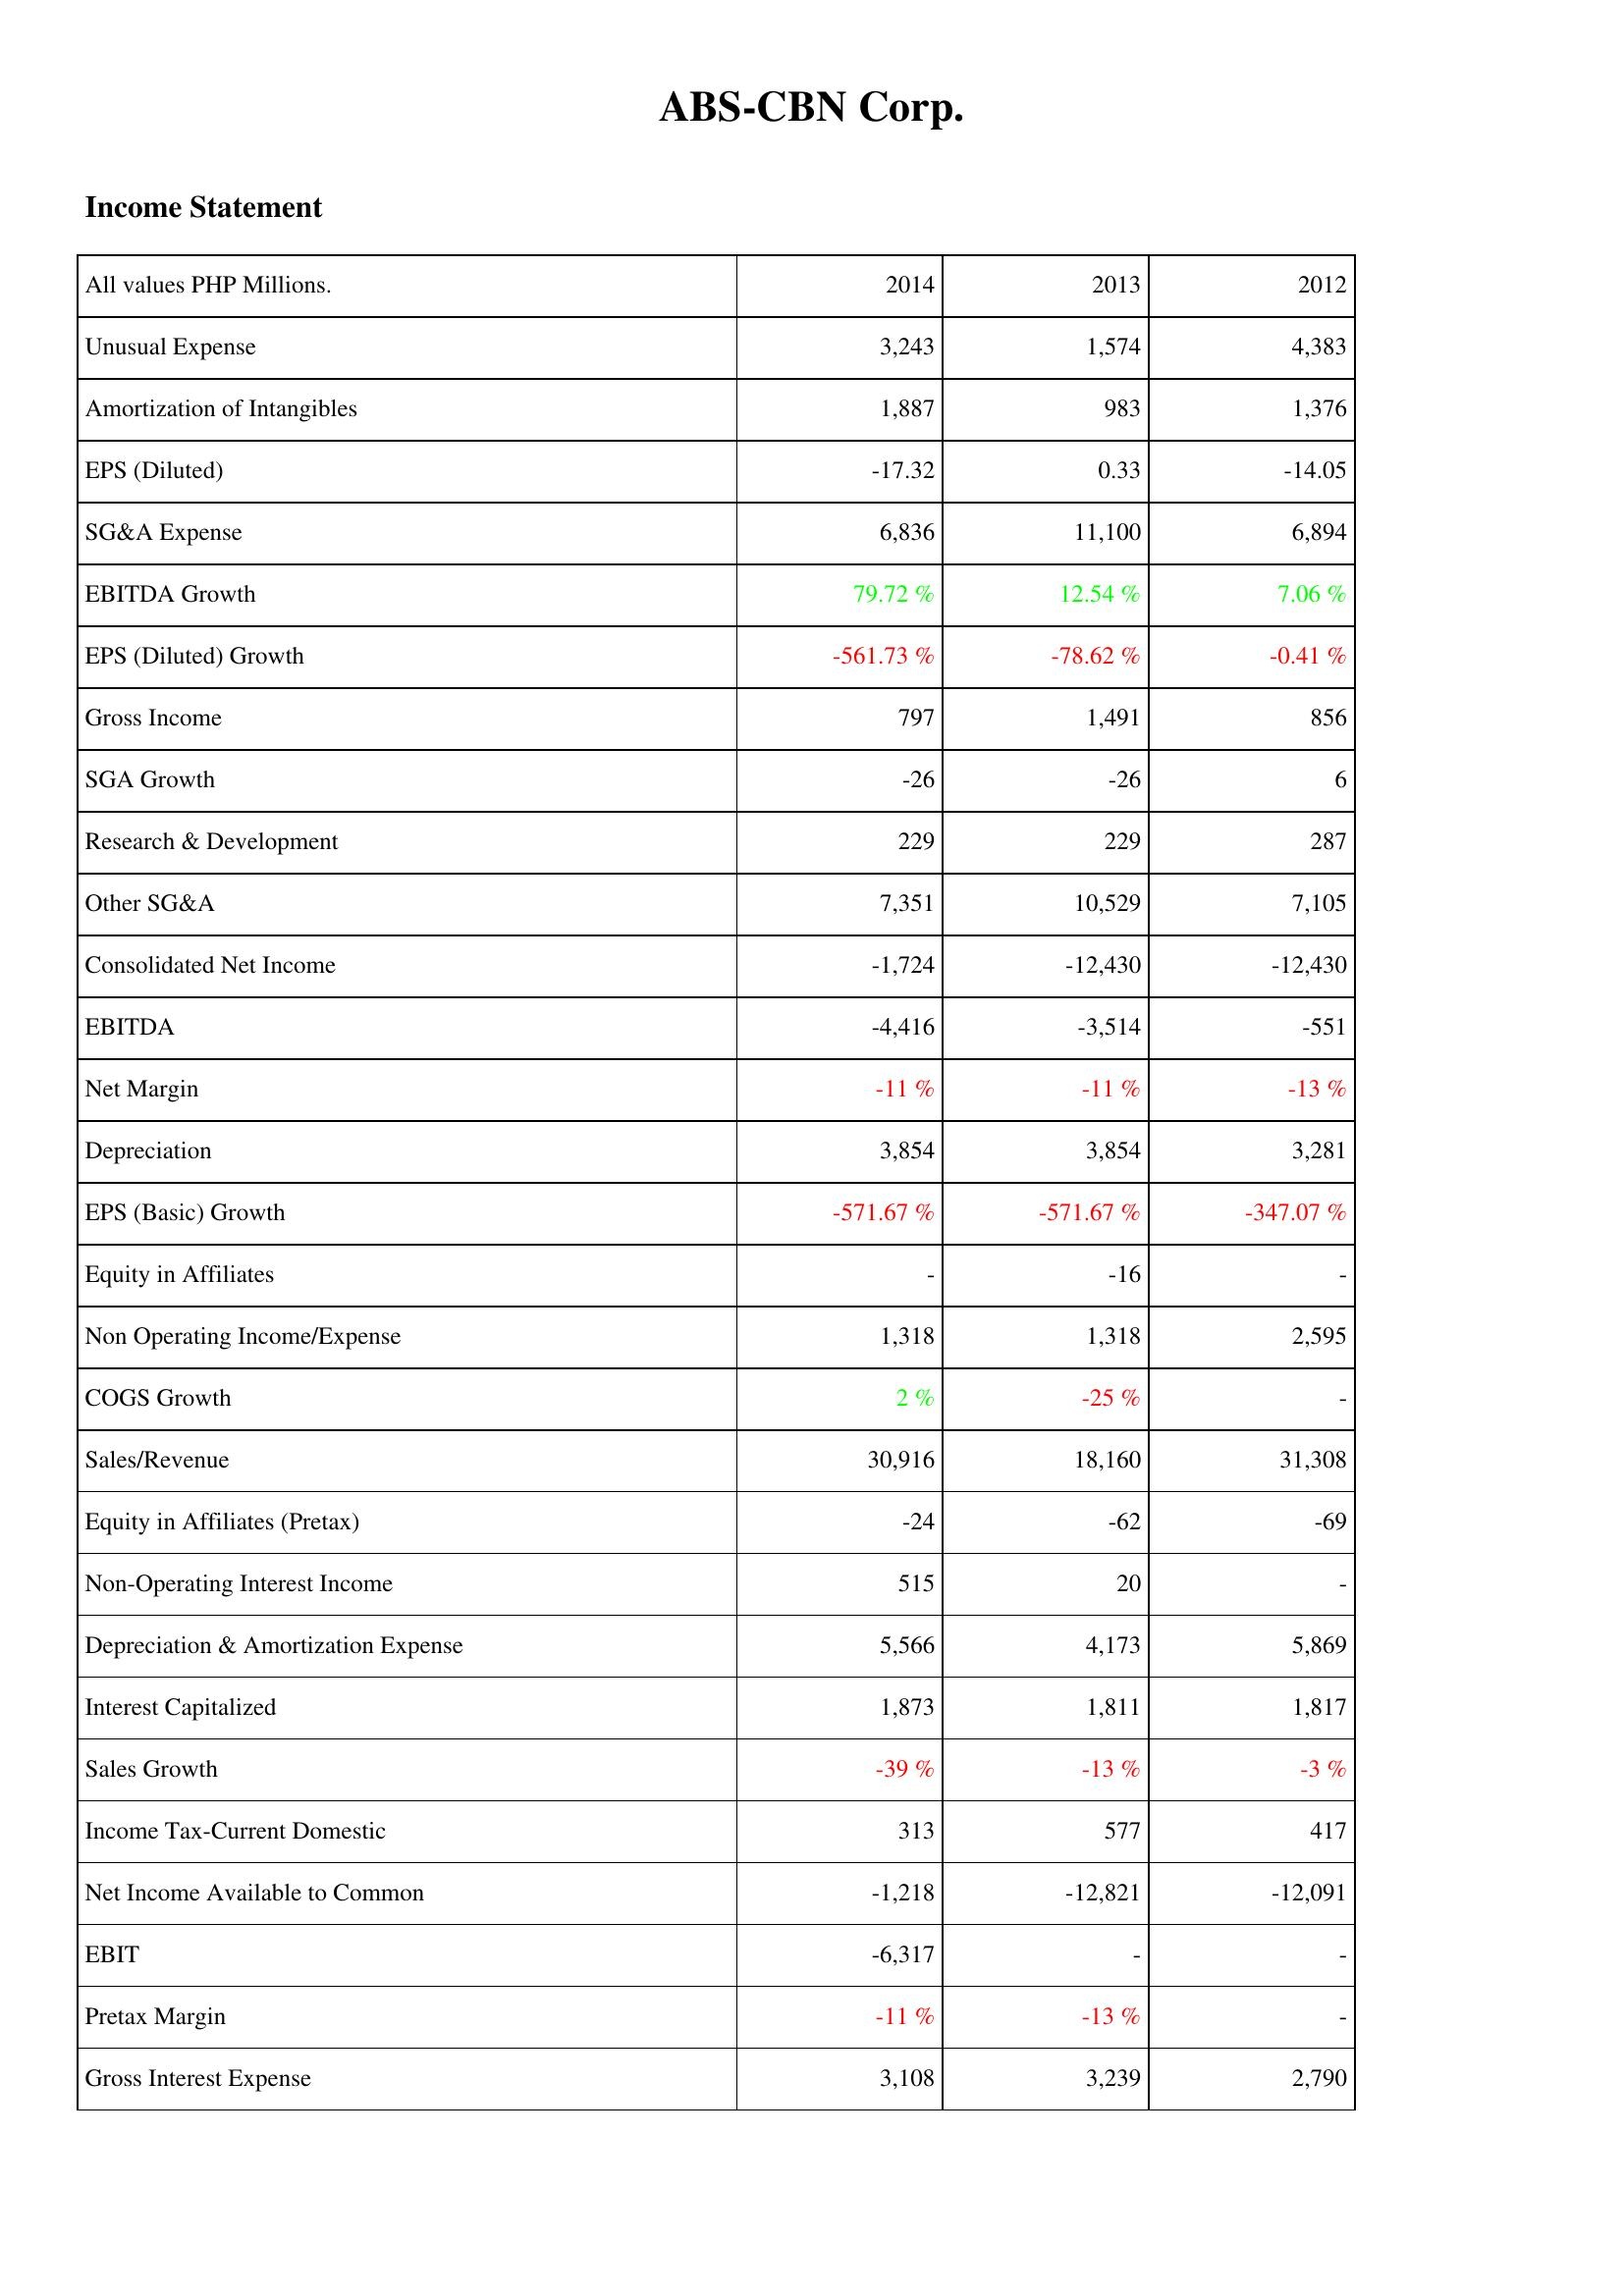
2014: Income Statement: Unusual Expense: 3,243
Amortization of Intangibles: 1,887
EPS (Diluted): -17.32
SG&A Expense: 6,836
EBITDA Growth: 79.72 %
EPS (Diluted) Growth: -561.73 %
Gross Income: 797
SGA Growth: -26
Research & Development: 229
Other SG&A: 7,351
Consolidated Net Income: -1,724
EBITDA: -4,416
Net Margin: -11 %
Depreciation: 3,854
EPS (Basic) Growth: -571.67 %
Equity in Affiliates: -
Non Operating Income/Expense: 1,318
COGS Growth: 2 %
Sales/Revenue: 30,916
Equity in Affiliates (Pretax): -24
Non-Operating Interest Income: 515
Depreciation & Amortization Expense: 5,566
Interest Capitalized: 1,873
Sales Growth: -39 %
Income Tax-Current Domestic: 313
Net Income Available to Common: -1,218
EBIT: -6,317
Pretax Margin: -11 %
Gross Interest Expense: 3,108
2013: Income Statement: Unusual Expense: 1,574
Amortization of Intangibles: 983
EPS (Diluted): 0.33
SG&A Expense: 11,100
EBITDA Growth: 12.54 %
EPS (Diluted) Growth: -78.62 %
Gross Income: 1,491
SGA Growth: -26
Research & Development: 229
Other SG&A: 10,529
Consolidated Net Income: -12,430
EBITDA: -3,514
Net Margin: -11 %
Depreciation: 3,854
EPS (Basic) Growth: -571.67 %
Equity in Affiliates: -16
Non Operating Income/Expense: 1,318
COGS Growth: -25 %
Sales/Revenue: 18,160
Equity in Affiliates (Pretax): -62
Non-Operating Interest Income: 20
Depreciation & Amortization Expense: 4,173
Interest Capitalized: 1,811
Sales Growth: -13 %
Income Tax-Current Domestic: 577
Net Income Available to Common: -12,821
EBIT: -
Pretax Margin: -13 %
Gross Interest Expense: 3,239
2012: Income Statement: Unusual Expense: 4,383
Amortization of Intangibles: 1,376
EPS (Diluted): -14.05
SG&A Expense: 6,894
EBITDA Growth: 7.06 %
EPS (Diluted) Growth: -0.41 %
Gross Income: 856
SGA Growth: 6
Research & Development: 287
Other SG&A: 7,105
Consolidated Net Income: -12,430
EBITDA: -551
Net Margin: -13 %
Depreciation: 3,281
EPS (Basic) Growth: -347.07 %
Equity in Affiliates: -
Non Operating Income/Expense: 2,595
COGS Growth: -
Sales/Revenue: 31,308
Equity in Affiliates (Pretax): -69
Non-Operating Interest Income: -
Depreciation & Amortization Expense: 5,869
Interest Capitalized: 1,817
Sales Growth: -3 %
Income Tax-Current Domestic: 417
Net Income Available to Common: -12,091
EBIT: -
Pretax Margin: -
Gross Interest Expense: 2,790